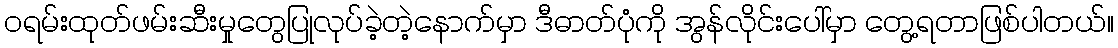
ဝရမ်းထုတ်ဖမ်းဆီးမှုတွေပြုလုပ်ခဲ့တဲ့နောက်မှာ ဒီဓာတ်ပုံကို အွန်လိုင်းပေါ်မှာ တွေ့ရတာဖြစ်ပါတယ်။